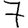
Digit: 7